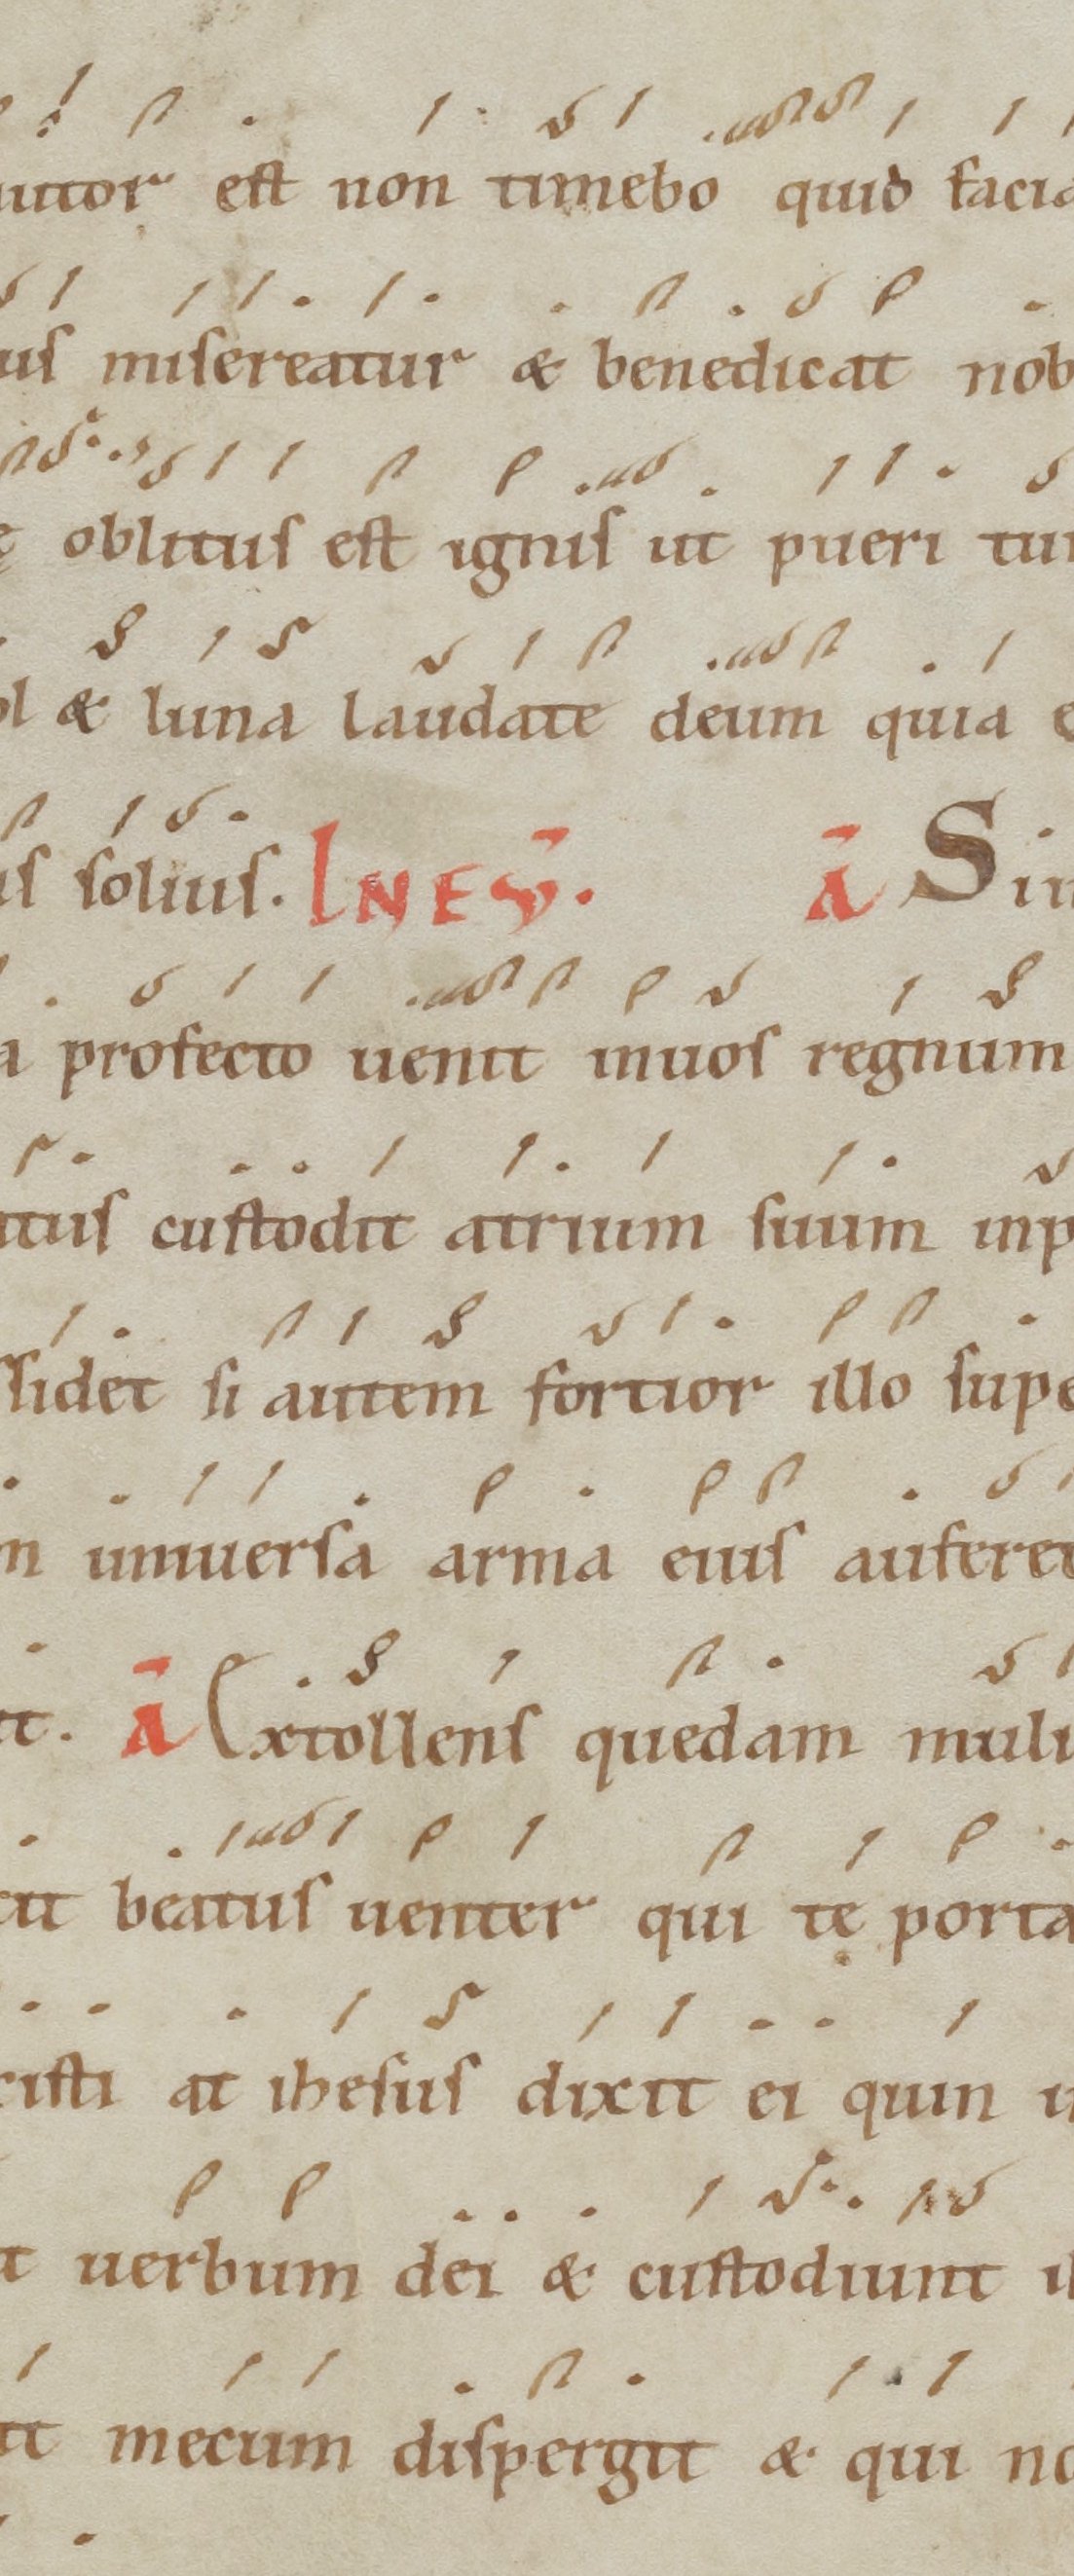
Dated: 1100–1199